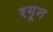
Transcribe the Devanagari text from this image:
रगून